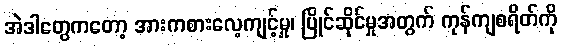
အဲဒါတွေကတော့ အားကစားလေ့ကျင့်မှု၊ ပြိုင်ဆိုင်မှုအတွက် ကုန်ကျစရိတ်ကို